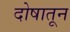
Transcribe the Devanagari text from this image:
दोषातून